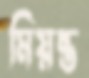
মিয়ন্ত